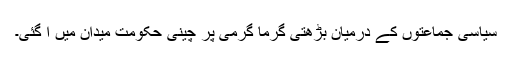
سیاسی جماعتوں کے درمیان بڑھتی گرما گرمی پر چینی حکومت میدان میں آ گئی۔